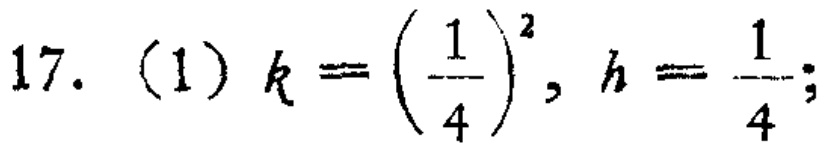
17. (1) \(k = \left(\frac{1}{4}\right)^2, h = \frac{1}{4};\)